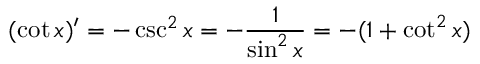
( \cot x ) ^ { \prime } = - \csc ^ { 2 } x = - { \frac { 1 } { \sin ^ { 2 } x } } = - ( 1 + \cot ^ { 2 } x )